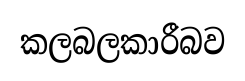
කලබලකාරීබව